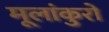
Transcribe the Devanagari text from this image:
मूलांकुरो